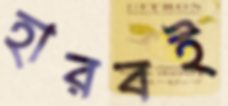
হারবই